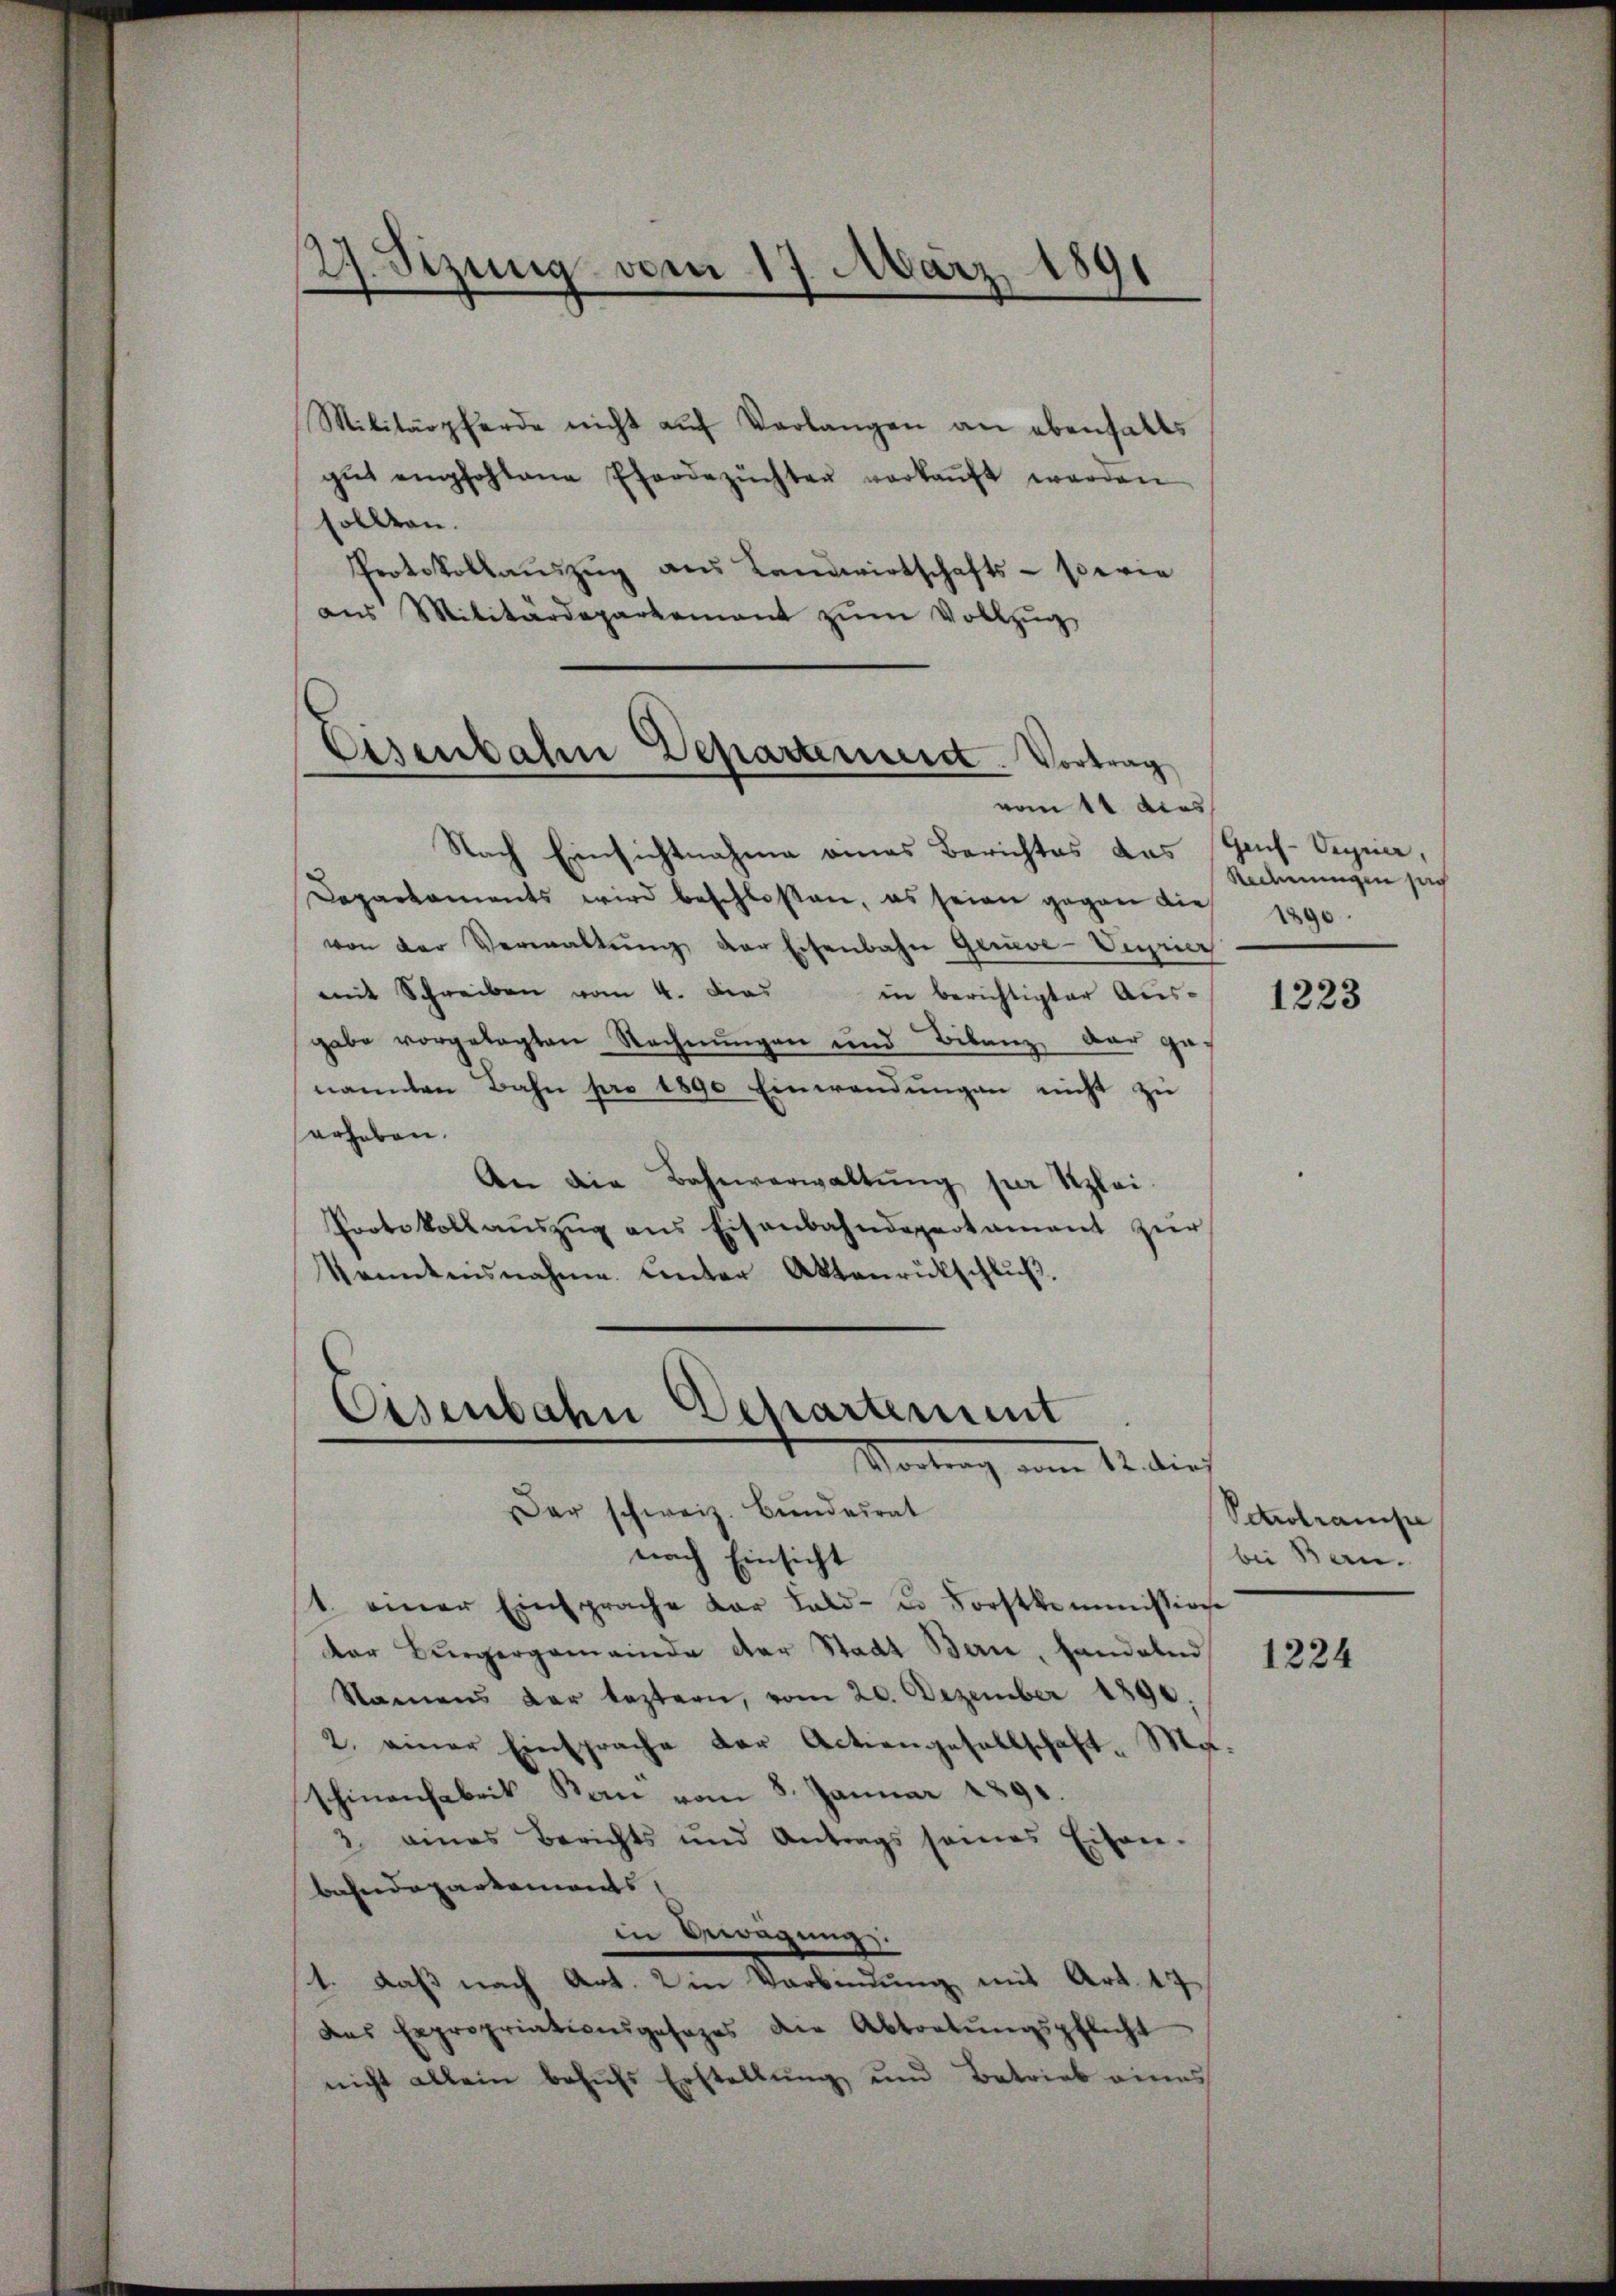
27. Sizung vom 17. März 1891

Militärpferde nicht auf Verlangen an ebenfalls
gŭt empfohlene Pferdezüchten verkaŭft werden
sollten.
Protokollaŭszŭg ans Landwirtschafts-serie
aus Militärdepartement zum Vollzug

Eisenbahn Departement. Vortrag
vom 11 dies

Nach Einsichtnahme eines Berichtes das Gach-Veyrier,
Departaments wird beschlossen, es seine gegen die
von der Verwaltŭng der Eisenbahn Gauve-Vigne
mit Schreiben vom 4. Das in berichtigter Aus-
gabe vorgelegten Rechnungen und Bilanz, der ge-
nannten Bahn pro 1890 Einwendungen nicht zu
erheben.
An die Bahnverwaltung per Klei¬
Protokoll aŭszŭg ans Eisenbahndepartament zŭr
kenntnisnahme Unter Aktenrückschluß,

Eisenbahn Departement
Vortrag vom 12. dies
Der schweiz. Bundesrat

nach Einsicht
1. einer Einsprache der Fald- u. Forstkommission
kar Bürgergemeinde der Stadt Bern, Landalend
Namens der leztern, vom 20. Dezember 1890.
2. einer Einsprache der Actiengesellschaft- Ma-
schinenfabrik Bau vom 8. Januar 1891.
3. eines Berichts und Antrags seines Eisen.
bahndepartements,
in Bewegung.
1. Daß nach Art. 2 in Verbindung mit Art. 17
das Expropriationsgesages die Abtretŭngspflicht
nicht allein behŭfs Erstellŭng und Betrieb eines

Redmungen sich
1890

1223

Petrolrampe
bei Bern.

1224